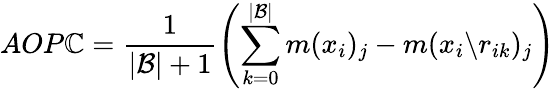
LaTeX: AOP\mathbb{C}=\frac{{1}}{{|\mathcal{{B}}|+1}}\left(\sum_{k=0}^{|\mathcal{{B}}|}m({x}_{i})_{j}-m({x}_{i}\backslash{r}_{ik})_{j}\right)